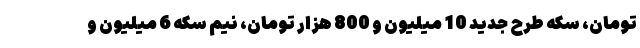
تومان، سکه طرح جدید 10 میلیون و 800 هزار تومان، نیم سکه 6 میلیون و